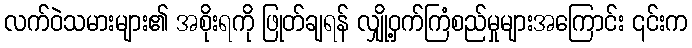
လက်ဝဲသမားများ၏ အစိုးရကို ဖြုတ်ချရန် လျှို့ဝှက်ကြံစည်မှုများအကြောင်း ၎င်းက